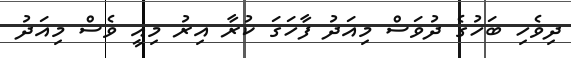
ދިވެހި ބަހުގެ ދުވަސް މިއަދު ފާހަގަ ކުރާ އިރު މިއީ ވެސް މިއަދު